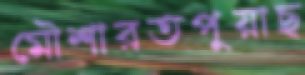
মৌশারতপুয়াছ